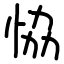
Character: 恊